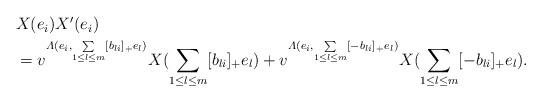
LaTeX: \begin{align*} \begin{aligned} &X(e_i)X'(e_i)\\ &=v^{\varLambda(e_i,\sum\limits_{1\leq l\leq m}[b_{li}]_+ e_l)}X({\sum\limits_{1\leq l\leq m}[b_{li}]_+ e_l})+v^{\varLambda(e_i,\sum\limits_{1\leq l\leq m}[-b_{li}]_+ e_l)}X({\sum\limits_{1\leq l\leq m}[-b_{li}]_+ e_l}). \end{aligned} \end{align*}